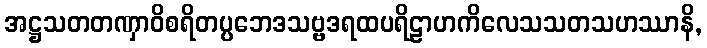
အဋ္ဌသတတဏှာဝိစရိတပ္ပဘေဒသဗ္ဗဒရထပရိဠာဟကိလေသသတသဟဿာနိ,